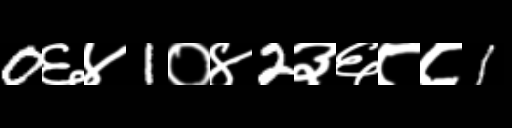
Text: 0६४1०४2३६८८1